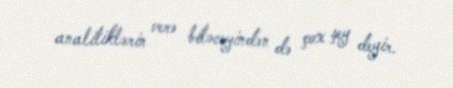
analitiklərin verə biləcəyindən də çox şey deyir.